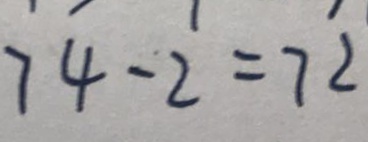
7 4 - 2 = 7 2